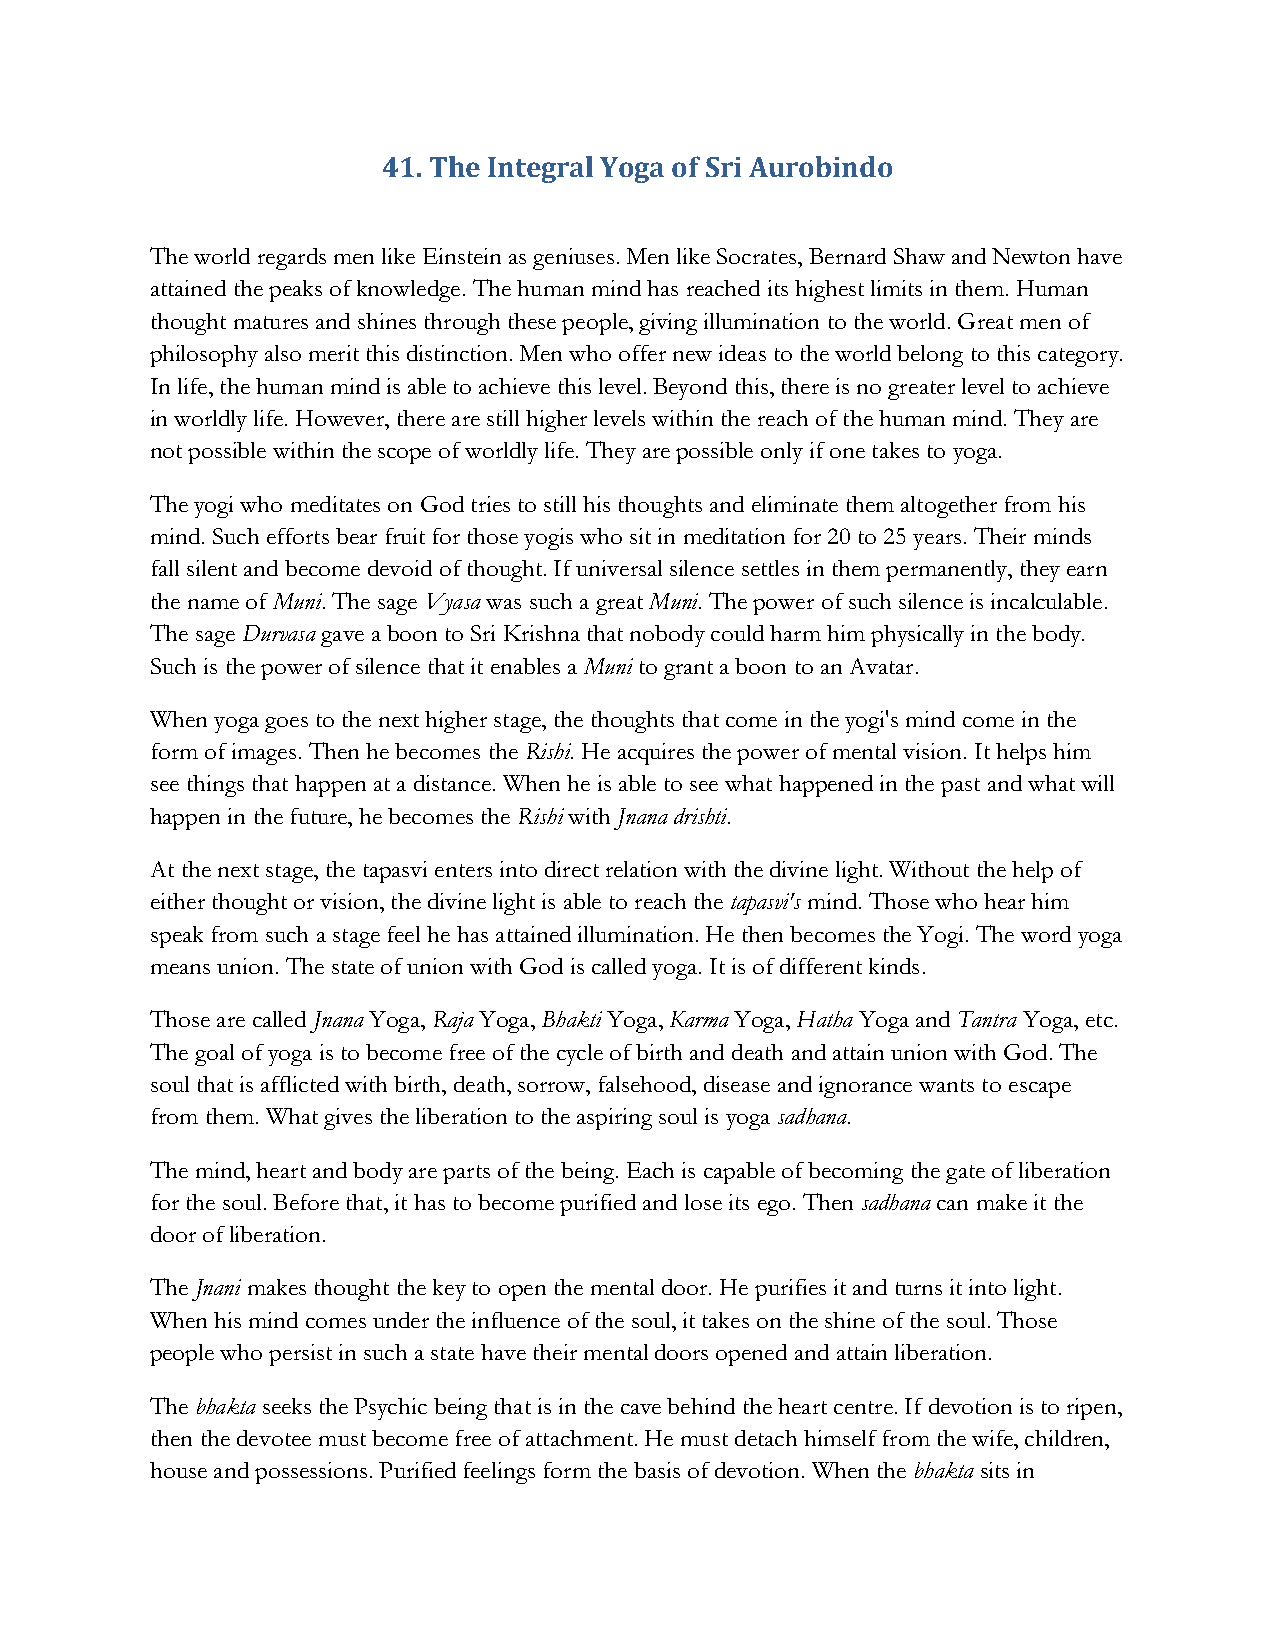
41. The Integral Yoga of Sri Aurobindo
 The world regards men like Einstein as geniuses. Men like Socrates, Bernard Shaw and Newton have
 attained the peaks of knowledge. The human mind has reached its highest limits in them. Human
 thought matures and shines through these people, giving illumination to the world. Great men of
 philosophy also merit this distinction. Men who offer new ideas to the world belong to this category.
 In life, the human mind is able to achieve this level. Beyond this, there is no greater level to achieve
 in worldly life. However, there are still higher levels within the reach of the human mind. They are
 not possible within the scope of worldly life. They are possible only if one takes to yoga.
 The yogi who meditates on God tries to still his thoughts and eliminate them altogether from his
 mind. Such efforts bear fruit for those yogis who sit in meditation for 20 to 25 years. Their minds
 fall silent and become devoid of thought. If universal silence settles in them permanently, they earn
 the name of Muni. The sage Vyasa was such a great Muni. The power of such silence is incalculable.
 The sage Durvasa gave a boon to Sri Krishna that nobody could harm him physically in the body.
 Such is the power of silence that it enables a Muni to grant a boon to an Avatar.
 When yoga goes to the next higher stage, the thoughts that come in the yogi's mind come in the
 form of images. Then he becomes the Rishi. He acquires the power of mental vision. It helps him
 see things that happen at a distance. When he is able to see what happened in the past and what will
 happen in the future, he becomes the Rishi with Jnana drishti.
 At the next stage, the tapasvi enters into direct relation with the divine light. Without the help of
 either thought or vision, the divine light is able to reach the tapasvi's mind. Those who hear him
 speak from such a stage feel he has attained illumination. He then becomes the Yogi. The word yoga
 means union. The state of union with God is called yoga. It is of different kinds.
 Those are called Jnana Yoga, Raja Yoga, Bhakti Yoga, Karma Yoga, Hatha Yoga and Tantra Yoga, etc.
 The goal of yoga is to become free of the cycle of birth and death and attain union with God. The
 soul that is afflicted with birth, death, sorrow, falsehood, disease and ignorance wants to escape
 from them. What gives the liberation to the aspiring soul is yoga sadhana.
 The mind, heart and body are parts of the being. Each is capable of becoming the gate of liberation
 for the soul. Before that, it has to become purified and lose its ego. Then sadhana can make it the
 door of liberation.
 The Jnani makes thought the key to open the mental door. He purifies it and turns it into light.
 When his mind comes under the influence of the soul, it takes on the shine of the soul. Those
 people who persist in such a state have their mental doors opened and attain liberation.
 The bhakta seeks the Psychic being that is in the cave behind the heart centre. If devotion is to ripen,
 then the devotee must become free of attachment. He must detach himself from the wife, children,
 house and possessions. Purified feelings form the basis of devotion. When the bhakta sits in